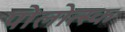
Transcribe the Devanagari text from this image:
पोलोत्स्क